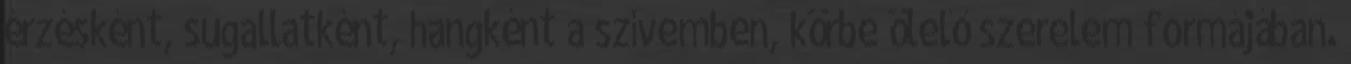
érzésként, sugallatként, hangként a szívemben, körbe ölelő szerelem formájában.